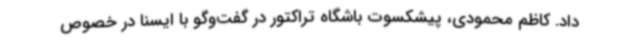
داد. کاظم محمودی، پیشکسوت باشگاه تراکتور در گفت‌وگو با ایسنا در خصوص